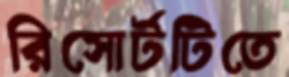
রিসোর্টটিতে